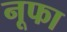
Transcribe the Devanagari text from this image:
नूफा